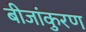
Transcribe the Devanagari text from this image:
बीजांकुरण